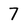
Character: 7